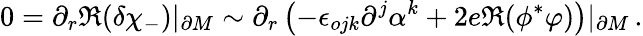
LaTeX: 0=\partial_{r}\Re(\delta\chi_{-})|_{\partial M}\sim\partial_{r}\left(-\epsilon_{ojk}\partial^{j}\alpha^{k}+2e\Re(\phi^{*}\varphi)\right)|_{\partial M}\, .